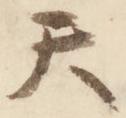
天